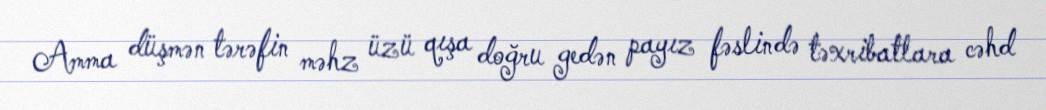
Amma düşmən tərəfin məhz üzü qışa doğru gedən payız fəslində təxribatlara cəhd